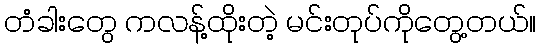
တံခါးတွေ ကလန့်ထိုးတဲ့ မင်းတုပ်ကိုတွေ့တယ်။